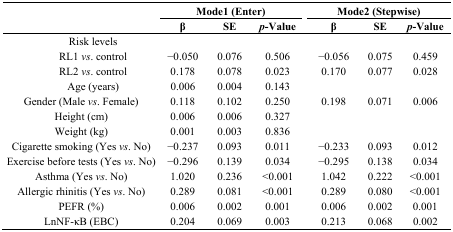
<table><thead><tr><td></td><td colspan="3"><b>Mode1 (Enter)</b></td><td colspan="3"><b>Mode2 (Stepwise)</b></td></tr><tr><td></td><td><b>β</b></td><td><b>SE</b></td><td><b><i>p</i>-Value</b></td><td><b>β</b></td><td><b>SE</b></td><td><b><i>p</i>-Value</b></td></tr></thead><tbody><tr><td>Risk levels</td><td></td><td></td><td></td><td></td><td></td><td></td></tr><tr><td>RL1 <i>vs</i>. control</td><td>−0.050</td><td>0.076</td><td>0.506</td><td>−0.056</td><td>0.075</td><td>0.459</td></tr><tr><td>RL2 <i>vs</i>. control</td><td>0.178</td><td>0.078</td><td>0.023</td><td>0.170</td><td>0.077</td><td>0.028</td></tr><tr><td>Age (years)</td><td>0.006</td><td>0.004</td><td>0.143</td><td></td><td></td><td></td></tr><tr><td>Gender (Male <i>vs</i>. Female)</td><td>0.118</td><td>0.102</td><td>0.250</td><td>0.198</td><td>0.071</td><td>0.006</td></tr><tr><td>Height (cm)</td><td>0.006</td><td>0.006</td><td>0.327</td><td></td><td></td><td></td></tr><tr><td>Weight (kg)</td><td>0.001</td><td>0.003</td><td>0.836</td><td></td><td></td><td></td></tr><tr><td>Cigarette smoking (Yes <i>vs</i>. No)</td><td>−0.237</td><td>0.093</td><td>0.011</td><td>−0.233</td><td>0.093</td><td>0.012</td></tr><tr><td>Exercise before tests (Yes <i>vs</i>. No)</td><td>−0.296</td><td>0.139</td><td>0.034</td><td>−0.295</td><td>0.138</td><td>0.034</td></tr><tr><td>Asthma (Yes <i>vs</i>. No)</td><td>1.020</td><td>0.236</td><td>&lt;0.001</td><td>1.042</td><td>0.222</td><td>&lt;0.001</td></tr><tr><td>Allergic rhinitis (Yes <i>vs</i>. No)</td><td>0.289</td><td>0.081</td><td>&lt;0.001</td><td>0.289</td><td>0.080</td><td>&lt;0.001</td></tr><tr><td>PEFR (%)</td><td>0.006</td><td>0.002</td><td>0.001</td><td>0.006</td><td>0.002</td><td>0.001</td></tr><tr><td>LnNF-κB (EBC)</td><td>0.204</td><td>0.069</td><td>0.003</td><td>0.213</td><td>0.068</td><td>0.002</td></tr></tbody></table>